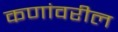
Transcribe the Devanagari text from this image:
कणांवरील